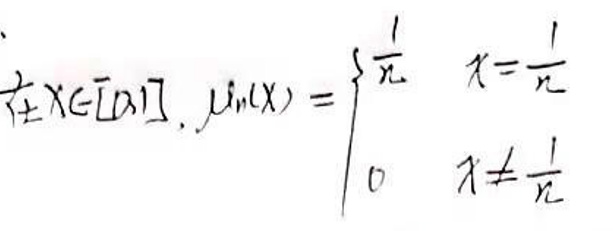
若\(x\in[0,1], f_n(x)=\)\\
\begin{cases}
\(\frac{1}{x} & x = \frac{1}{n}\)\\
\(0 & x\neq\frac{1}{n}\)\\
\end{cases}